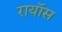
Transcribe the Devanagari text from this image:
रायॉस